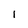
Character: i